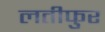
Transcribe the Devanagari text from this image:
लतीफुर